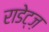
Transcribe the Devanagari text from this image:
राडेट्ज़